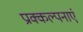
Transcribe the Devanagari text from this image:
प्राक्कल्पनाएं